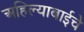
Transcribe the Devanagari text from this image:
अहिल्याबाईचे